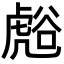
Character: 𮓧